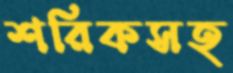
শরিকসহ